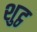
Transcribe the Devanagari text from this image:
शुट्ठ